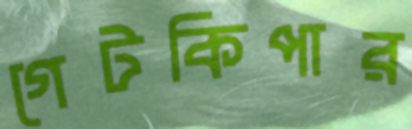
গেটকিপার